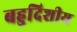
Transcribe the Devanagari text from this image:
बहुदिशीय